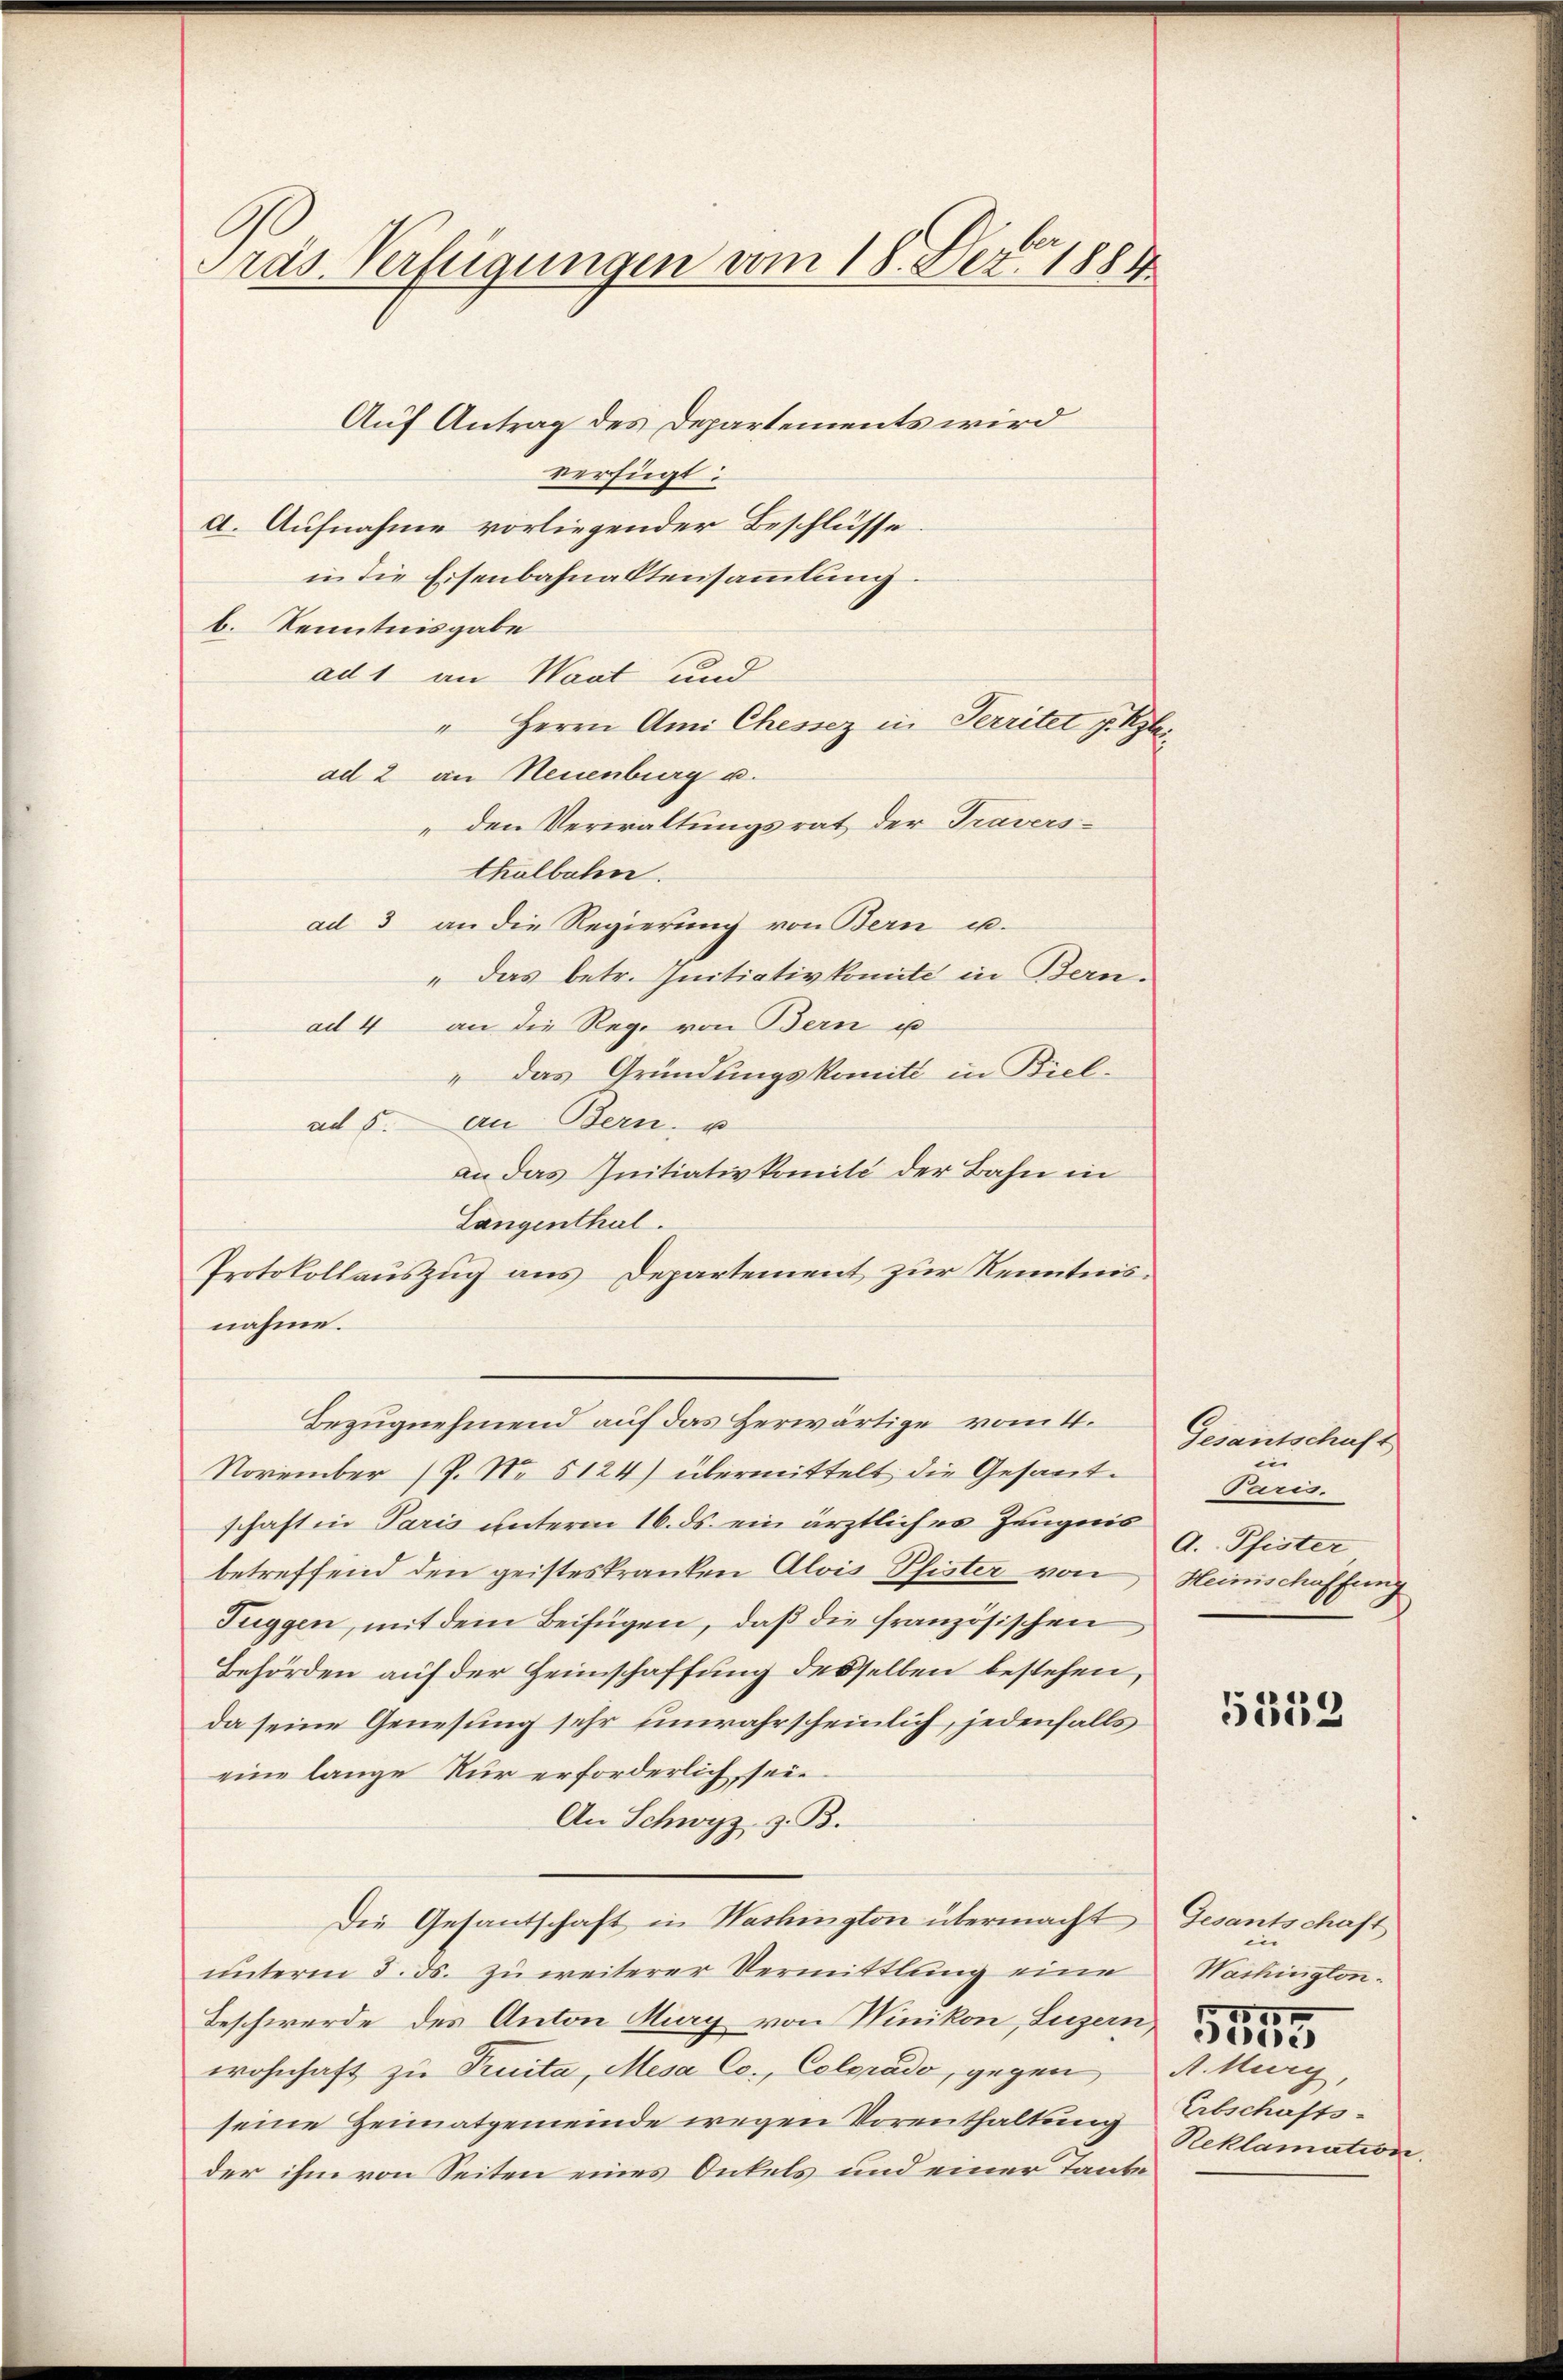
Präs. Verfügungen vom 18. Dez. 1884

Auf Antrag des Departements wird
verfügt:
a. Aufnahme vorliegender Beschlüsse
in die Eisenbahnaktensammlung
b. Kenntnisgabe
ad 1 an Waat und
" Herrn Ami Chessez in Territet f. Klei
ad 2 an Neuenburg u.
den Verwaltungsrat der Traversthalbahn.
ad 3 an die Regierung von Bern u.
„das betr. Initiativkomite in Bern.
ad 4 an die Rege von Bern u
" das Gründungskomitt in Biel-
ad 5. an Bern, u
an das Initiativkomité der Bahn in
Langenthal.
Protokollauszug aus Departement zur Kenntnisnahme.
Bezugnehmend auf das Herwärtige vom 4.
November (P. Nr. 5124) übermittelt die Gesandschaft in Paris unterm 16. ds. ein ärztliches Zeugnis
betreffend den geisteskranken Alois Pfister von Heinschaffung
Fuggen, mit dem Beifügen, daß die französischen
Behörden auf der Heimschaffung desselben bestehen,
da seine Genesung sehr unwahrscheinlich, jedenfalls
eine lange Nur erforderlich seie
An Schwyz z. B.
Die Gesantschaft in Washington übermacht
unterm 3. ds. zu weiterer Vermittlung eine
Beschwerde des Anton Mury von Winikon, Luzern
wohnhaft zu Pruita, Mesa Cc., Colorado, gegen A. Kurg,
seine Heimatgemeinde wegen Vorenthaltung Abschafts-
der ihm von Seiten eines Onkels und einer Tante

Gesantschaft
i
Paris.
A. Pfister

5359

Gesantschaft
Washington.
Reklamation.

10